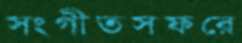
সংগীতসফরে